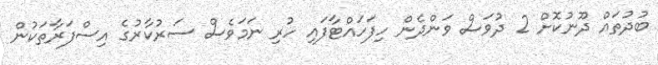
ބުދުތައް ދޫނުކޮށް 2 ދުވަސް ވަންދެން ހިފަހައްޓާފައި ހުރި ނަމަވެސް ސަރުކާރުގެ އިސްފަރާތަކުން